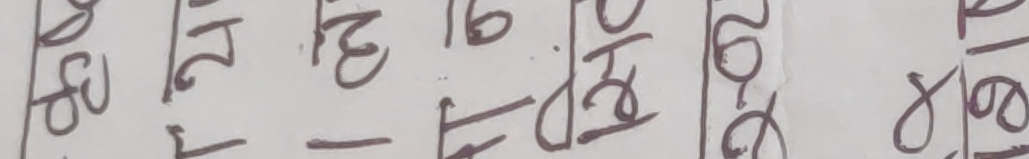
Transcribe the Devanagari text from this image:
५०। २१। ३। १६। डेढ। २-०२। ४०८।